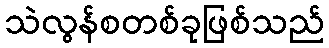
သဲလွန်စတစ်ခုဖြစ်သည်